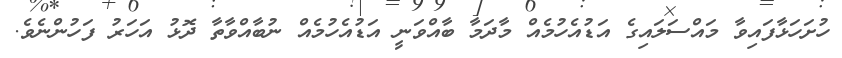
ހުށަހަޅާފައިވާ މައްސަލައިގެ އަޑުއެހުމެއް މާދަމާ ބާއްވަނީ އަޑުއެހުމެއް ނުބާއްވާތާ ދޮޅު އަހަރު ފަހުންނެވެ.